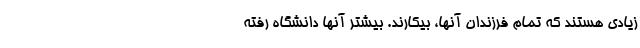
زیادی هستند که تمام فرزندان آنها، بیکارند. بیشتر آنها دانشگاه رفته